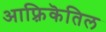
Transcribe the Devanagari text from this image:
आफ़्रिकॆतिल